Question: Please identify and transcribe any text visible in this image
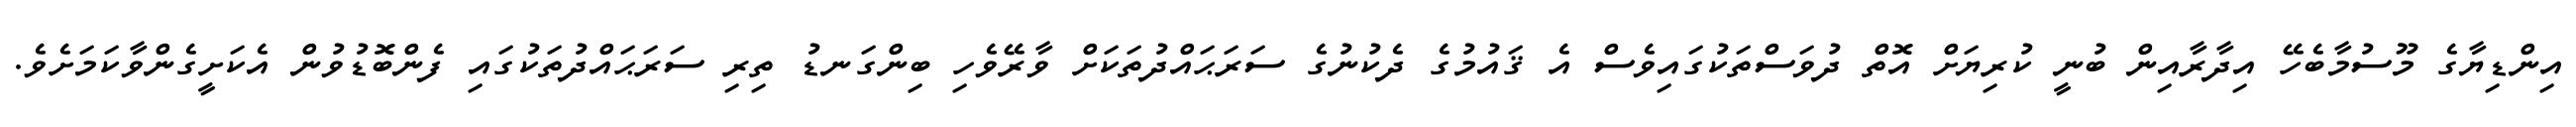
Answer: އިންޑިޔާގެ މޫސުމާބެހޭ އިދާރާއިން ބުނީ ކުރިޔަށް އޮތް ދުވަސްތަކުގައިވެސް އެ ޤައުމުގެ ދެކުނުގެ ސަރަޙައްދުތަކަށް ވާރޭވެހި ބިންގަނޑު ތިރި ސަރަޙައްދުތަކުގައި ފެންބޮޑުވުން އެކަށީގެންވާކަމަށެވެ.